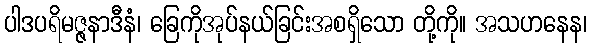
ပါဒပရိမဇ္ဇနာဒီနံ၊ ခြေကိုအုပ်နယ်ခြင်းအစရှိသော တို့ကို။ အသဟနေန၊